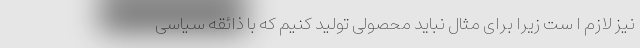
نیز لازم ا ست زیرا برای مثال نباید محصولی تولید کنیم که با ذائقه سیاسی